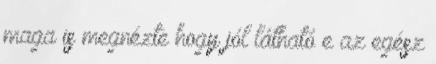
maga is megnézte hogy jól látható e az egész